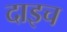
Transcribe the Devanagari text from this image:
दाइच